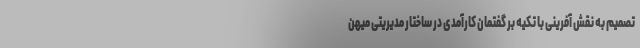
تصمیم به نقش آفرینی با تکیه بر گفتمان کارآمدی در ساختار مدیریتی میهن